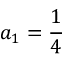
a _ { 1 } = { \frac { 1 } { 4 } }